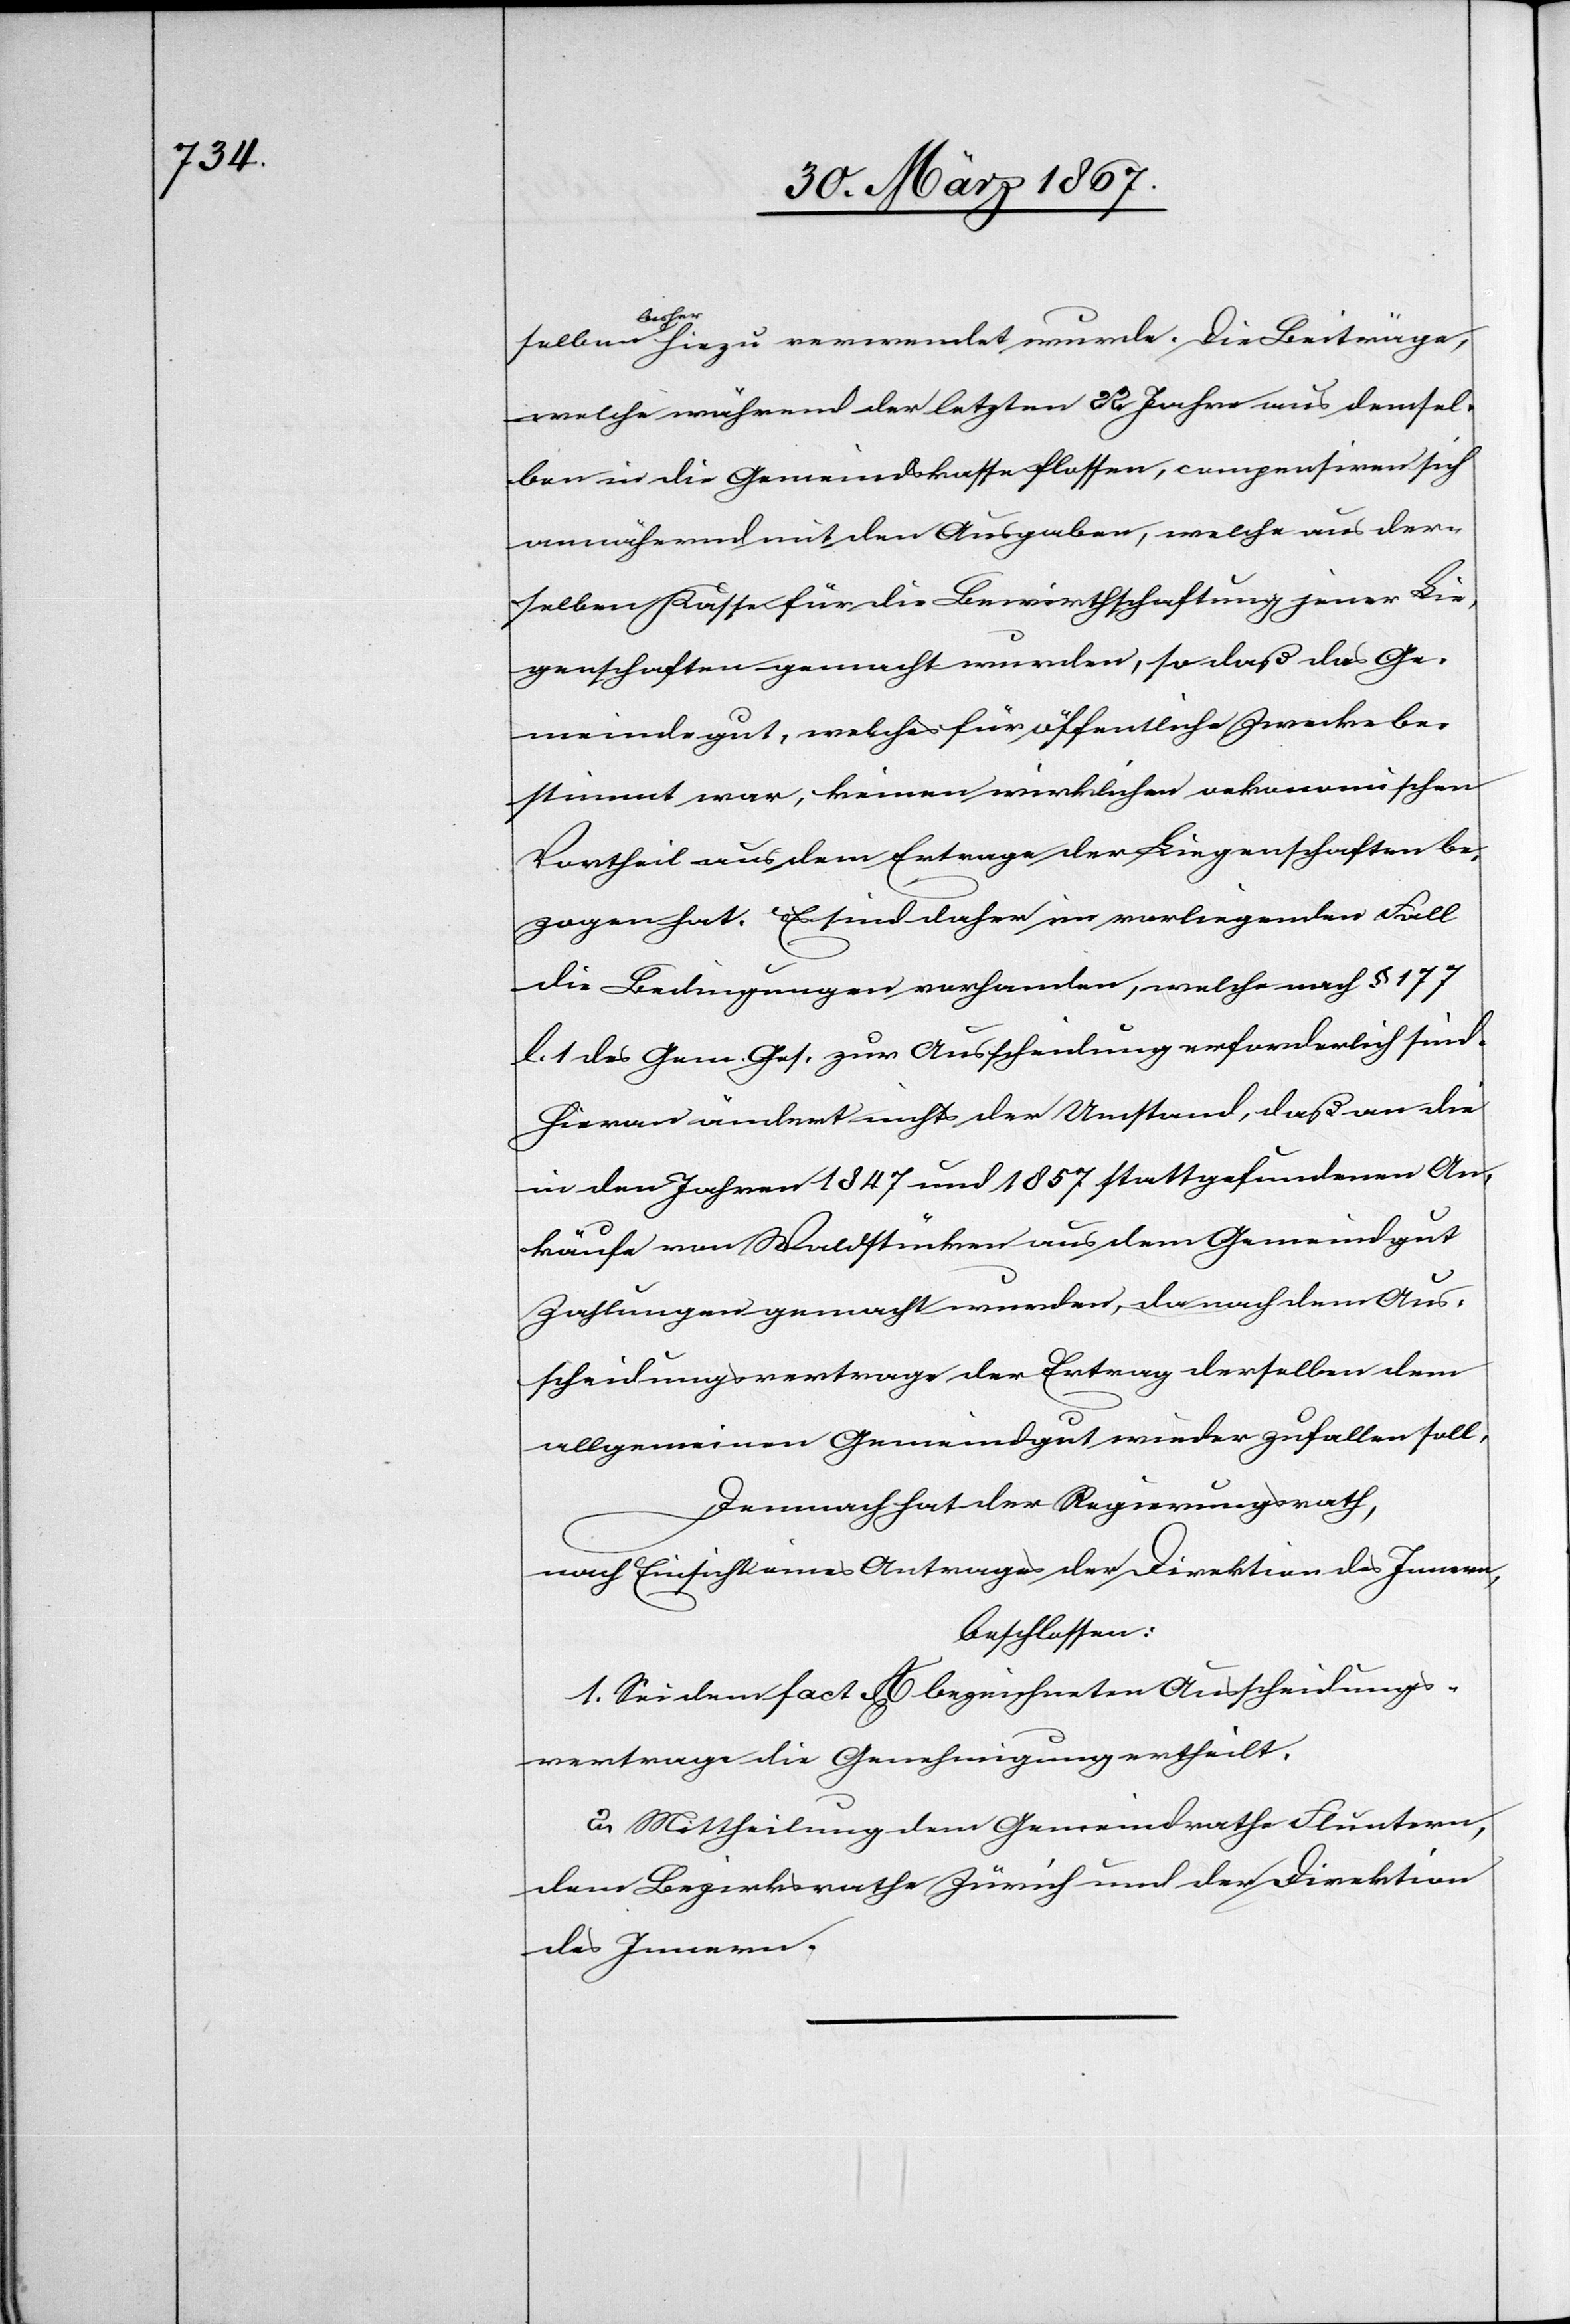
selben bisher hiezu verwendet wurde. Die Beiträge,
welche während der letzten 22 Jahre aus demsel¬
ben in die Gemeindskasse flossen, compensiren sich
annähernd mit den Ausgaben, welche aus der¬
selben Kasse für die Bewirthschaftung jener Lie¬
genschaften gemacht wurden, so daß das Ge¬
meindegut, welches für öffentliche Zwecke be¬
stimmt war, keinen wirklichen oekonomischen
Vortheil aus dem Ertrage der Liegenschaften be¬
zogen hat. Es sind daher im vorliegenden Fall
die Bedingungen vorhanden, welche nach § 177
l. 1 des Gem. Ges. zur Ausscheidung erforderlich sind.
Hieran ändert nichts der Umstand, daß an die
in den Jahren 1847 und 1857 stattgefundenen An¬
käufe von Waldstücken aus dem Gemeindgut
Zahlungen gemacht wurden, da nach dem Aus¬
scheidungsvertrage der Ertrag derselben dem
allgemeinen Gemeindgut wieder zufallen soll.
Demnach hat der Regierungsrath,
nach Einsicht eines Antrages der Direktion des Innern,
beschlossen:
1. Sei dem fact A bezeichneten Ausscheidungs¬
vertrage die Genehmigung ertheilt.
2. Mittheilung dem Gemeindrathe Fluntern,
dem Bezirksrathe Zürich und der Direktion
des Innern.